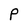
Character: P